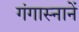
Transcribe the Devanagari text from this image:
गंगास्नानें